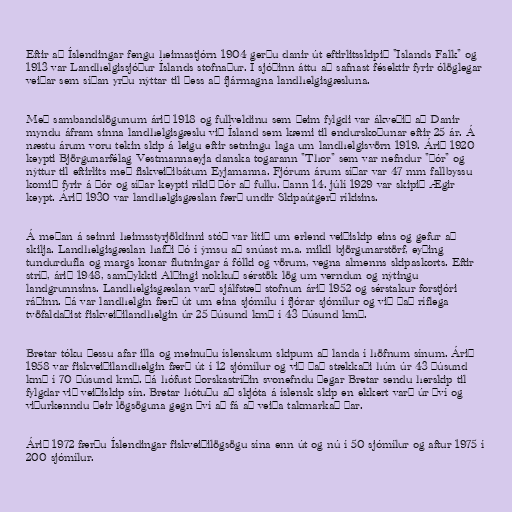
Eftir að Íslendingar fengu heimastjórn 1904 gerðu danir út eftirlitsskipið "Islands Falk" og
1913 var Landhelgissjóður Íslands stofnaður. Í sjóðinn áttu að safnast fésektir fyrir ólöglegar
veiðar sem síðan yrðu nýttar til þess að fjármagna landhelgisgæsluna.

Með sambandslögunum árið 1918 og fullveldinu sem þeim fylgdi var ákveðið að Danir
myndu áfram sinna landhelgisgæslu við Ísland sem kæmi til endurskoðunar eftir 25 ár. Á
næstu árum voru tekin skip á leigu eftir setningu laga um landhelgisvörn 1919. Árið 1920
keypti Björgunarfélag Vestmannaeyja danska togarann "Thor" sem var nefndur "Þór" og
nýttur til eftirlits með fiskveiðibátum Eyjamanna. Fjórum árum síðar var 47 mm fallbyssu
komið fyrir á Þór og síðar keypti ríkið Þór að fullu. Þann 14. júlí 1929 var skipið Ægir
keypt. Árið 1930 var landhelgisgæslan færð undir Skipaútgerð ríkisins.

Á meðan á seinni heimsstyrjöldinni stóð var lítið um erlend veiðiskip eins og gefur að
skilja. Landhelgisgæslan hafði þó í ýmsu að snúast m.a. mikil björgunarstörf, eyðing
tundurdufla og margs konar flutningar á fólki og vörum, vegna almenns skipaskorts. Eftir
stríð, árið 1948, samþykkti Alþingi nokkuð sérstök lög um verndun og nýtingu
landgrunnsins. Landhelgisgæslan varð sjálfstæð stofnun árið 1952 og sérstakur forstjóri
ráðinn. Þá var landhelgin færð út um eina sjómílu í fjórar sjómílur og við það ríflega
tvöfaldaðist fiskveiðilandhelgin úr 25 þúsund km² í 43 þúsund km².

Bretar tóku þessu afar illa og meinuðu íslenskum skipum að landa í höfnum sínum. Árið
1958 var fiskveiðilandhelgin færð út í 12 sjómílur og við það stækkaði hún úr 43 þúsund
km² í 70 þúsund km². Þá hófust þorskastríðin svonefndu þegar Bretar sendu herskip til
fylgdar við veiðiskip sín. Bretar hótuðu að skjóta á íslensk skip en ekkert varð úr því og
viðurkenndu þeir lögsöguna gegn því að fá að veiða takmarkað þar.

Árið 1972 færðu Íslendingar fiskveiðilögsögu sína enn út og nú í 50 sjómílur og aftur 1975 í
200 sjómílur.